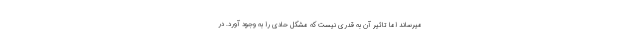
میرساند اما تاثیر آن به قدری نیست که مشکل حادی را به وجود آورد. در